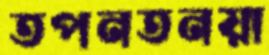
তপনতনয়া